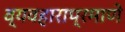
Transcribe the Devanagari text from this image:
व्यवहाराप्रमाणे